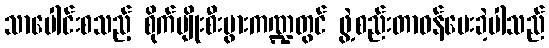
သာပေါင်းစသည့် စိုက်ပျိုးစီးပွားကဏ္ဍတွင် ဖွဲ့စည်းတာဝန်ပေးခဲ့ပါသည်